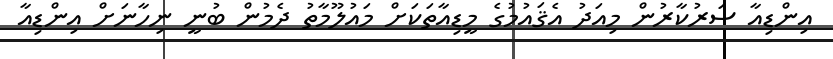
އިންޑިއާ ސަރުކާރުން މިއަދު އެޤައުމުގެ މީޑިއާތަކަށް މައުލޫމާތު ދެމުން ބުނީ ނިހާނަށް އިންޑިއާ